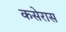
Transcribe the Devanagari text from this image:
कसेरास